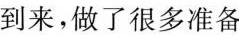
到来，做了很多准备。